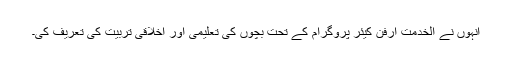
انہوں نے الخدمت آرفن کیئر پروگرام کے تحت بچوں کی تعلیمی اور اخلاقی تربیت کی تعریف کی۔